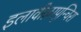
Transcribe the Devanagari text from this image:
इलावीऴापून्चिरा